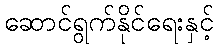
ဆောင်ရွက်နိုင်ရေးနှင့်